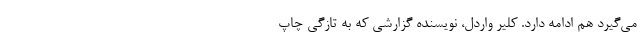
می‌گیرد هم ادامه دارد. کلیر واردل، نویسنده گزارشی که به تازگی چاپ